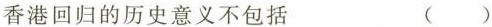
香港回归的历史意义不包括 ()